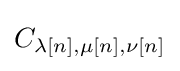
C_{\lambda [n],\mu [n],\nu [n]}